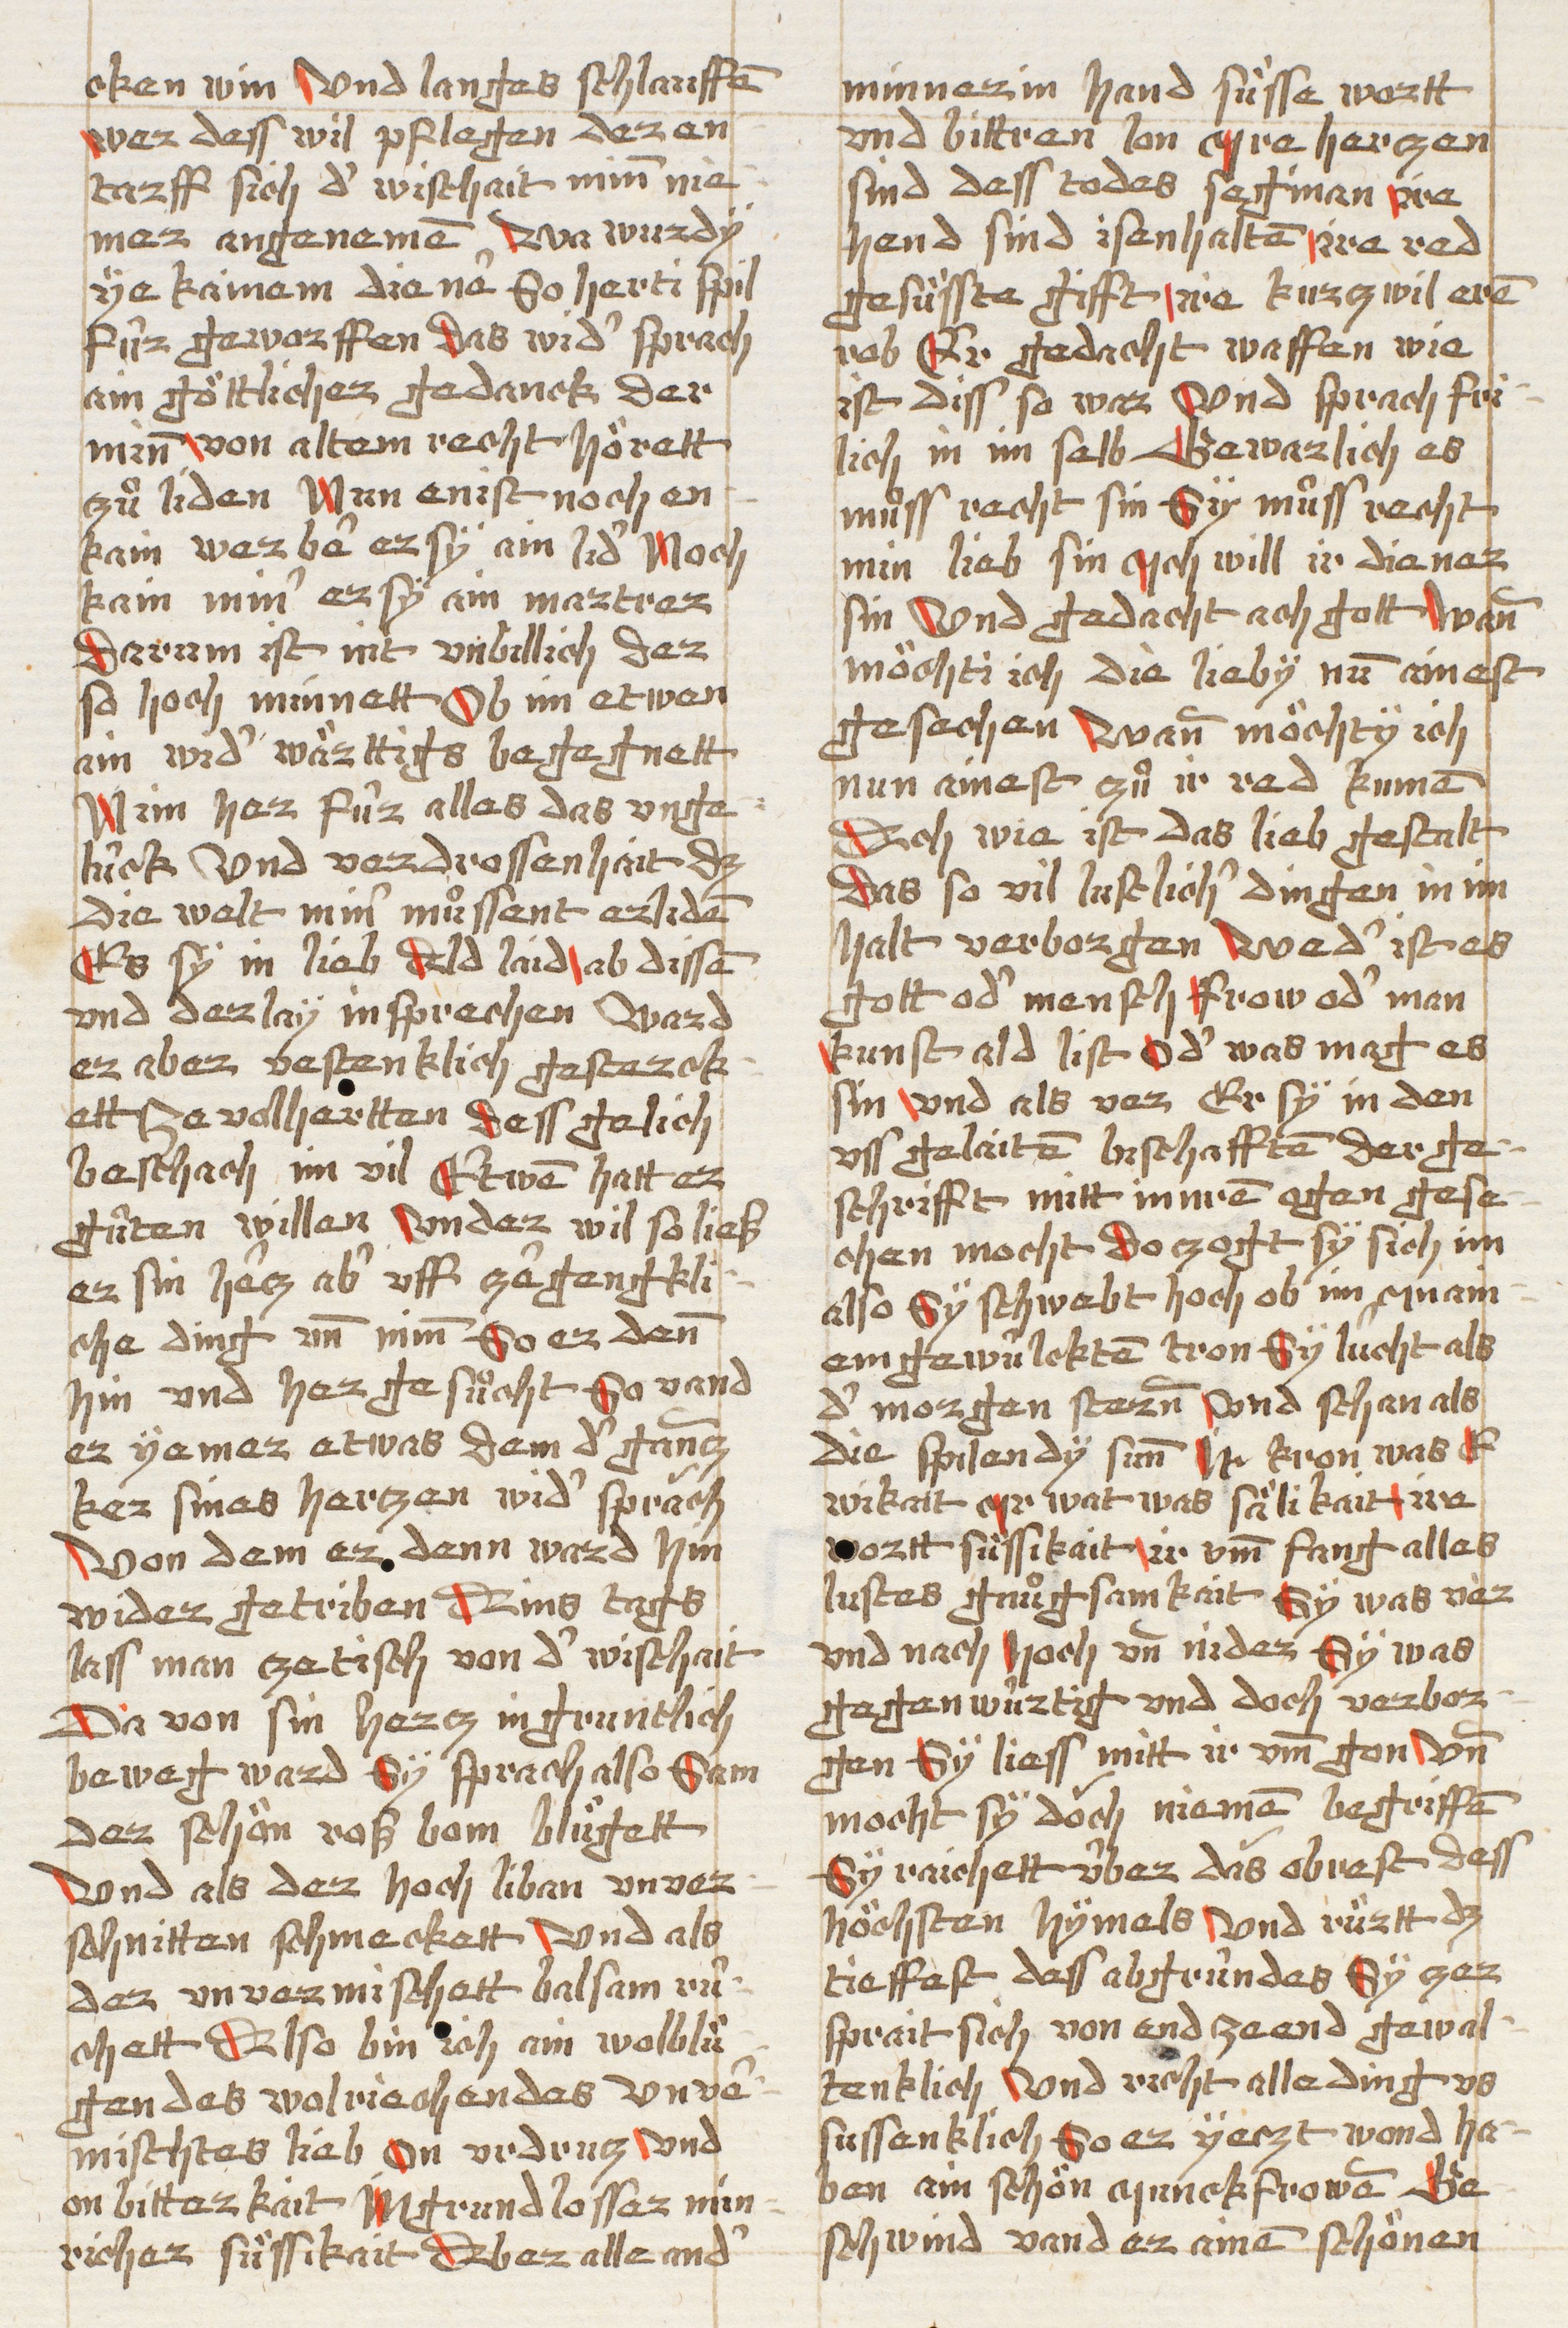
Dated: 1490–1520